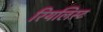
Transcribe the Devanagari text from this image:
रियलिस्ट